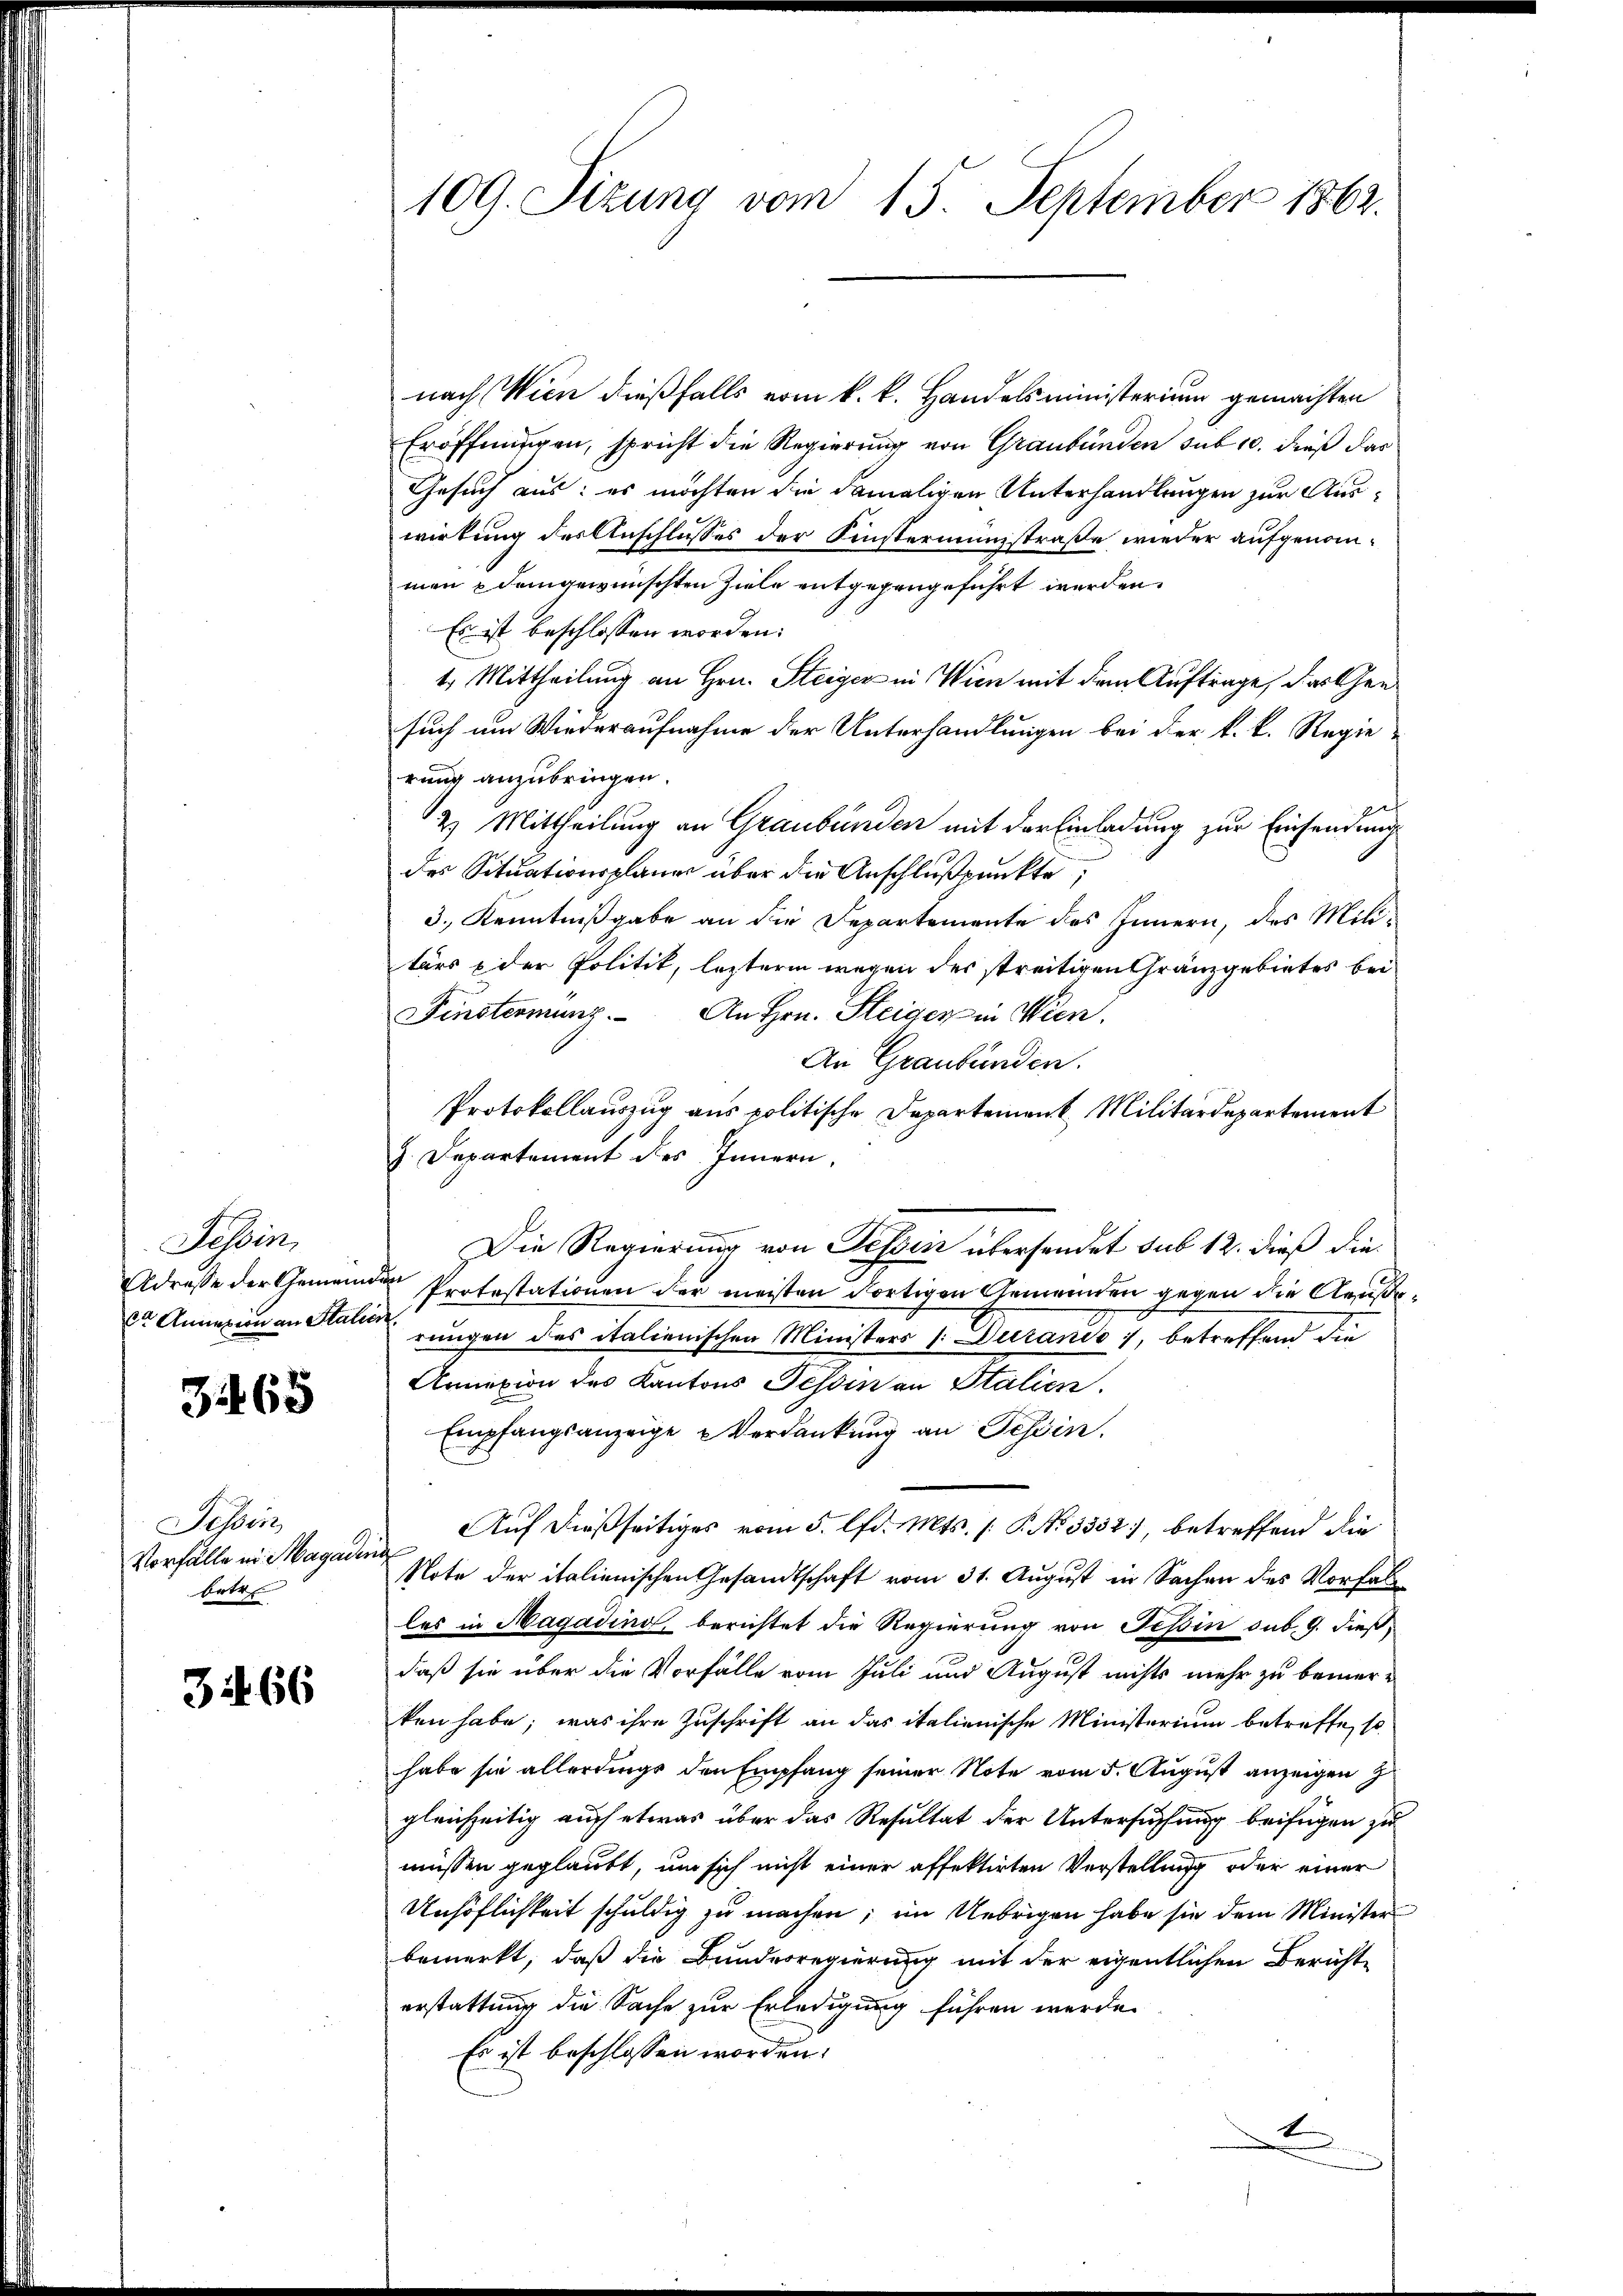
Tessin,
Adresse der Gemeind
da Annazion an Stalis

3465

Tessin
Vorfälle in Magade
betr

3466

109. Sizung vom 15. September 1862.

J. Departement des Innern,

nach Wien dießfalls vom k. k. Handelsministerium gemachten
Eröffnungen, spricht die Regierung von Graubünden sub 10. dieß das
Gesuch aus: es möchten die damaligen Unterhandlungen zur Auswirkung des Anschlusses der Finsterministraße wieder aufgenommen & demgewünschten Ziele entgegengeführt werden.
Es ist beschlossen worden.
1. Mittheilung an Hrn. Steiger in Wien mit dem Auftrage, das Gen
such um Wiederaufnahme der Unterhandlungen bei der k. k. Regierung anzubringen.
2) Mittheilung an Graubünden mit der Einladung zur Einsendung
des Situationsplane über die Anschlußpunkte,
3., Kenntnißgabe an die Departemente des Innern, des Militärs & der Politik, lezterm wegen des streitigen Granzgebietes bei
Finsternung. An Hrn. Steiger in Wien.
An Graubünden.
Protokollauszug aus politische Departement Militärdepartement
Die Regierung von Tessin übersendet sub 12. dieß die
 Protestationen der meisten dortigen Gemeinden gegen die Aeuße
ot
rungen des italienischen Ministers /:Duranić, betreffend die
Annexion des Kantons Tessin an Stalien
Empfangsanzeige Verdankung an Tessin.
" Auf dießseitiges vom 5. d. Mts. 1. P. No 3352), betreffend die
Note der italienischen Gesandtschaft vom 31. August in Sachen des Vorfall
les in Magading, berichtet die Regierung von Tessin sub. 9. dießdaß sie über die Vorfälle vom Juli und August nichts mehr zu bemerken habe; was ihre Zuschrift an das italienische Ministerium betreffe, so
habe sie allerdings den Empfang seiner Note vom 5. August anzeigen J
gleichzeitig auch etwas über das Resultat der Untersuchung beifügen zu
müssen geglaubt, um sich nicht einer affektirten Verstellung oder einer
Unhöflichkeit schuldig zu machen; im Uebrigen habe sie dem Minister
bemerkt, daß die Bundesregierung mit der eigentlichen Berichte
erstattung die Sache zur Erledigung führen werde.
Es ist beschlossen worden:
A